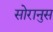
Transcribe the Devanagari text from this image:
सोरानुस